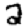
Digit: 2